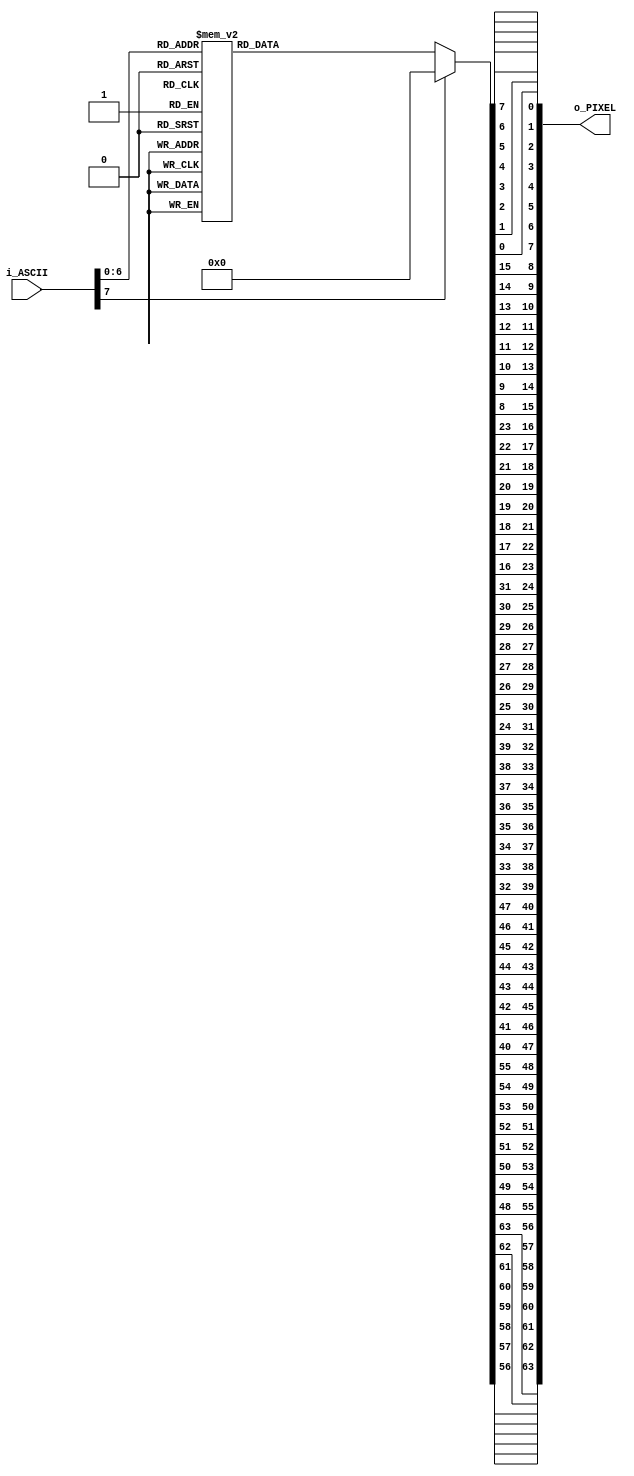

module ascii_font_8x8 (input [7:0] i_ASCII,       //ASCII input
                       output [63:0] o_PIXEL //8x8 pixel output. MSB is top left bit, goes per row
                       );

reg [63:0] s_PIXEL;

always @*
begin
case(i_ASCII)
    8'h00: s_PIXEL   = {8'h00, 8'h00, 8'h00, 8'h00, 8'h00, 8'h00, 8'h00, 8'h00};   // U+0000 (nul)
    8'h01: s_PIXEL   = {8'h00, 8'h00, 8'h00, 8'h00, 8'h00, 8'h00, 8'h00, 8'h00};   // U+0001
    8'h02: s_PIXEL   = {8'h00, 8'h00, 8'h00, 8'h00, 8'h00, 8'h00, 8'h00, 8'h00};   // U+0002
    8'h03: s_PIXEL   = {8'h00, 8'h00, 8'h00, 8'h00, 8'h00, 8'h00, 8'h00, 8'h00};   // U+0003
    8'h04: s_PIXEL   = {8'h00, 8'h00, 8'h00, 8'h00, 8'h00, 8'h00, 8'h00, 8'h00};   // U+0004
    8'h05: s_PIXEL   = {8'h00, 8'h00, 8'h00, 8'h00, 8'h00, 8'h00, 8'h00, 8'h00};   // U+0005
    8'h06: s_PIXEL   = {8'h00, 8'h00, 8'h00, 8'h00, 8'h00, 8'h00, 8'h00, 8'h00};   // U+0006
    8'h07: s_PIXEL   = {8'h00, 8'h00, 8'h00, 8'h00, 8'h00, 8'h00, 8'h00, 8'h00};   // U+0007
    8'h08: s_PIXEL   = {8'h00, 8'h00, 8'h00, 8'h00, 8'h00, 8'h00, 8'h00, 8'h00};   // U+0008
    8'h09: s_PIXEL   = {8'h00, 8'h00, 8'h00, 8'h00, 8'h00, 8'h00, 8'h00, 8'h00};   // U+0009
    8'h0A: s_PIXEL   = {8'h00, 8'h00, 8'h00, 8'h00, 8'h00, 8'h00, 8'h00, 8'h00};   // U+000A
    8'h0B: s_PIXEL   = {8'h00, 8'h00, 8'h00, 8'h00, 8'h00, 8'h00, 8'h00, 8'h00};   // U+000B
    8'h0C: s_PIXEL   = {8'h00, 8'h00, 8'h00, 8'h00, 8'h00, 8'h00, 8'h00, 8'h00};   // U+000C
    8'h0D: s_PIXEL   = {8'h00, 8'h00, 8'h00, 8'h00, 8'h00, 8'h00, 8'h00, 8'h00};   // U+000D
    8'h0E: s_PIXEL   = {8'h00, 8'h00, 8'h00, 8'h00, 8'h00, 8'h00, 8'h00, 8'h00};   // U+000E
    8'h0F: s_PIXEL   = {8'h00, 8'h00, 8'h00, 8'h00, 8'h00, 8'h00, 8'h00, 8'h00};   // U+000F
    8'h10: s_PIXEL   = {8'h00, 8'h00, 8'h00, 8'h00, 8'h00, 8'h00, 8'h00, 8'h00};   // U+0010
    8'h11: s_PIXEL   = {8'h00, 8'h00, 8'h00, 8'h00, 8'h00, 8'h00, 8'h00, 8'h00};   // U+0011
    8'h12: s_PIXEL   = {8'h00, 8'h00, 8'h00, 8'h00, 8'h00, 8'h00, 8'h00, 8'h00};   // U+0012
    8'h13: s_PIXEL   = {8'h00, 8'h00, 8'h00, 8'h00, 8'h00, 8'h00, 8'h00, 8'h00};   // U+0013
    8'h14: s_PIXEL   = {8'h00, 8'h00, 8'h00, 8'h00, 8'h00, 8'h00, 8'h00, 8'h00};   // U+0014
    8'h15: s_PIXEL   = {8'h00, 8'h00, 8'h00, 8'h00, 8'h00, 8'h00, 8'h00, 8'h00};   // U+0015
    8'h16: s_PIXEL   = {8'h00, 8'h00, 8'h00, 8'h00, 8'h00, 8'h00, 8'h00, 8'h00};   // U+0016
    8'h17: s_PIXEL   = {8'h00, 8'h00, 8'h00, 8'h00, 8'h00, 8'h00, 8'h00, 8'h00};   // U+0017
    8'h18: s_PIXEL   = {8'h00, 8'h00, 8'h00, 8'h00, 8'h00, 8'h00, 8'h00, 8'h00};   // U+0018
    8'h19: s_PIXEL   = {8'h00, 8'h00, 8'h00, 8'h00, 8'h00, 8'h00, 8'h00, 8'h00};   // U+0019
    8'h1A: s_PIXEL   = {8'h00, 8'h00, 8'h00, 8'h00, 8'h00, 8'h00, 8'h00, 8'h00};   // U+001A
    8'h1B: s_PIXEL   = {8'h00, 8'h00, 8'h00, 8'h00, 8'h00, 8'h00, 8'h00, 8'h00};   // U+001B
    8'h1C: s_PIXEL   = {8'h00, 8'h00, 8'h00, 8'h00, 8'h00, 8'h00, 8'h00, 8'h00};   // U+001C
    8'h1D: s_PIXEL   = {8'h00, 8'h00, 8'h00, 8'h00, 8'h00, 8'h00, 8'h00, 8'h00};   // U+001D
    8'h1E: s_PIXEL   = {8'h00, 8'h00, 8'h00, 8'h00, 8'h00, 8'h00, 8'h00, 8'h00};   // U+001E
    8'h1F: s_PIXEL   = {8'h00, 8'h00, 8'h00, 8'h00, 8'h00, 8'h00, 8'h00, 8'h00};   // U+001F
    8'h20: s_PIXEL   = {8'h00, 8'h00, 8'h00, 8'h00, 8'h00, 8'h00, 8'h00, 8'h00};   // U+0020 (space)
    8'h21: s_PIXEL   = {8'h18, 8'h3C, 8'h3C, 8'h18, 8'h18, 8'h00, 8'h18, 8'h00};   // U+0021 (!)
    8'h22: s_PIXEL   = {8'h36, 8'h36, 8'h00, 8'h00, 8'h00, 8'h00, 8'h00, 8'h00};   // U+0022 (")
    8'h23: s_PIXEL   = {8'h36, 8'h36, 8'h7F, 8'h36, 8'h7F, 8'h36, 8'h36, 8'h00};   // U+0023 (#)
    8'h24: s_PIXEL   = {8'h0C, 8'h3E, 8'h03, 8'h1E, 8'h30, 8'h1F, 8'h0C, 8'h00};   // U+0024 ($)
    8'h25: s_PIXEL   = {8'h00, 8'h63, 8'h33, 8'h18, 8'h0C, 8'h66, 8'h63, 8'h00};   // U+0025 (%)
    8'h26: s_PIXEL   = {8'h1C, 8'h36, 8'h1C, 8'h6E, 8'h3B, 8'h33, 8'h6E, 8'h00};   // U+0026 (&)
    8'h27: s_PIXEL   = {8'h06, 8'h06, 8'h03, 8'h00, 8'h00, 8'h00, 8'h00, 8'h00};   // U+0027 (')
    8'h28: s_PIXEL   = {8'h18, 8'h0C, 8'h06, 8'h06, 8'h06, 8'h0C, 8'h18, 8'h00};   // U+0028 (()
    8'h29: s_PIXEL   = {8'h06, 8'h0C, 8'h18, 8'h18, 8'h18, 8'h0C, 8'h06, 8'h00};   // U+0029 ())
    8'h2A: s_PIXEL   = {8'h00, 8'h66, 8'h3C, 8'hFF, 8'h3C, 8'h66, 8'h00, 8'h00};   // U+002A (*)
    8'h2B: s_PIXEL   = {8'h00, 8'h0C, 8'h0C, 8'h3F, 8'h0C, 8'h0C, 8'h00, 8'h00};   // U+002B (+)
    8'h2C: s_PIXEL   = {8'h00, 8'h00, 8'h00, 8'h00, 8'h00, 8'h0C, 8'h0C, 8'h06};   // U+002C (,)
    8'h2D: s_PIXEL   = {8'h00, 8'h00, 8'h00, 8'h3F, 8'h00, 8'h00, 8'h00, 8'h00};   // U+002D (-)
    8'h2E: s_PIXEL   = {8'h00, 8'h00, 8'h00, 8'h00, 8'h00, 8'h0C, 8'h0C, 8'h00};   // U+002E (.)
    8'h2F: s_PIXEL   = {8'h60, 8'h30, 8'h18, 8'h0C, 8'h06, 8'h03, 8'h01, 8'h00};   // U+002F (/)
    8'h30: s_PIXEL   = {8'h3E, 8'h63, 8'h73, 8'h7B, 8'h6F, 8'h67, 8'h3E, 8'h00};   // U+0030 (0)
    8'h31: s_PIXEL   = {8'h0C, 8'h0E, 8'h0C, 8'h0C, 8'h0C, 8'h0C, 8'h3F, 8'h00};   // U+0031 (1)
    8'h32: s_PIXEL   = {8'h1E, 8'h33, 8'h30, 8'h1C, 8'h06, 8'h33, 8'h3F, 8'h00};   // U+0032 (2)
    8'h33: s_PIXEL   = {8'h1E, 8'h33, 8'h30, 8'h1C, 8'h30, 8'h33, 8'h1E, 8'h00};   // U+0033 (3)
    8'h34: s_PIXEL   = {8'h38, 8'h3C, 8'h36, 8'h33, 8'h7F, 8'h30, 8'h78, 8'h00};   // U+0034 (4)
    8'h35: s_PIXEL   = {8'h3F, 8'h03, 8'h1F, 8'h30, 8'h30, 8'h33, 8'h1E, 8'h00};   // U+0035 (5)
    8'h36: s_PIXEL   = {8'h1C, 8'h06, 8'h03, 8'h1F, 8'h33, 8'h33, 8'h1E, 8'h00};   // U+0036 (6)
    8'h37: s_PIXEL   = {8'h3F, 8'h33, 8'h30, 8'h18, 8'h0C, 8'h0C, 8'h0C, 8'h00};   // U+0037 (7)
    8'h38: s_PIXEL   = {8'h1E, 8'h33, 8'h33, 8'h1E, 8'h33, 8'h33, 8'h1E, 8'h00};   // U+0038 (8)
    8'h39: s_PIXEL   = {8'h1E, 8'h33, 8'h33, 8'h3E, 8'h30, 8'h18, 8'h0E, 8'h00};   // U+0039 (9)
    8'h3A: s_PIXEL   = {8'h00, 8'h0C, 8'h0C, 8'h00, 8'h00, 8'h0C, 8'h0C, 8'h00};   // U+003A (:)
    8'h3B: s_PIXEL   = {8'h00, 8'h0C, 8'h0C, 8'h00, 8'h00, 8'h0C, 8'h0C, 8'h06};   // U+003B (;)
    8'h3C: s_PIXEL   = {8'h18, 8'h0C, 8'h06, 8'h03, 8'h06, 8'h0C, 8'h18, 8'h00};   // U+003C (<)
    8'h3D: s_PIXEL   = {8'h00, 8'h00, 8'h3F, 8'h00, 8'h00, 8'h3F, 8'h00, 8'h00};   // U+003D (  =)
    8'h3E: s_PIXEL   = {8'h06, 8'h0C, 8'h18, 8'h30, 8'h18, 8'h0C, 8'h06, 8'h00};   // U+003E (>)
    8'h3F: s_PIXEL   = {8'h1E, 8'h33, 8'h30, 8'h18, 8'h0C, 8'h00, 8'h0C, 8'h00};   // U+003F (?)
    8'h40: s_PIXEL   = {8'h3E, 8'h63, 8'h7B, 8'h7B, 8'h7B, 8'h03, 8'h1E, 8'h00};   // U+0040 (@)
    8'h41: s_PIXEL   = {8'h0C, 8'h1E, 8'h33, 8'h33, 8'h3F, 8'h33, 8'h33, 8'h00};   // U+0041 (A)
    8'h42: s_PIXEL   = {8'h3F, 8'h66, 8'h66, 8'h3E, 8'h66, 8'h66, 8'h3F, 8'h00};   // U+0042 (B)
    8'h43: s_PIXEL   = {8'h3C, 8'h66, 8'h03, 8'h03, 8'h03, 8'h66, 8'h3C, 8'h00};   // U+0043 (C)
    8'h44: s_PIXEL   = {8'h1F, 8'h36, 8'h66, 8'h66, 8'h66, 8'h36, 8'h1F, 8'h00};   // U+0044 (D)
    8'h45: s_PIXEL   = {8'h7F, 8'h46, 8'h16, 8'h1E, 8'h16, 8'h46, 8'h7F, 8'h00};   // U+0045 (E)
    8'h46: s_PIXEL   = {8'h7F, 8'h46, 8'h16, 8'h1E, 8'h16, 8'h06, 8'h0F, 8'h00};   // U+0046 (F)
    8'h47: s_PIXEL   = {8'h3C, 8'h66, 8'h03, 8'h03, 8'h73, 8'h66, 8'h7C, 8'h00};   // U+0047 (G)
    8'h48: s_PIXEL   = {8'h33, 8'h33, 8'h33, 8'h3F, 8'h33, 8'h33, 8'h33, 8'h00};   // U+0048 (H)
    8'h49: s_PIXEL   = {8'h1E, 8'h0C, 8'h0C, 8'h0C, 8'h0C, 8'h0C, 8'h1E, 8'h00};   // U+0049 (I)
    8'h4A: s_PIXEL   = {8'h78, 8'h30, 8'h30, 8'h30, 8'h33, 8'h33, 8'h1E, 8'h00};   // U+004A (J)
    8'h4B: s_PIXEL   = {8'h67, 8'h66, 8'h36, 8'h1E, 8'h36, 8'h66, 8'h67, 8'h00};   // U+004B (K)
    8'h4C: s_PIXEL   = {8'h0F, 8'h06, 8'h06, 8'h06, 8'h46, 8'h66, 8'h7F, 8'h00};   // U+004C (L)
    8'h4D: s_PIXEL   = {8'h63, 8'h77, 8'h7F, 8'h7F, 8'h6B, 8'h63, 8'h63, 8'h00};   // U+004D (M)
    8'h4E: s_PIXEL   = {8'h63, 8'h67, 8'h6F, 8'h7B, 8'h73, 8'h63, 8'h63, 8'h00};   // U+004E (N)
    8'h4F: s_PIXEL   = {8'h1C, 8'h36, 8'h63, 8'h63, 8'h63, 8'h36, 8'h1C, 8'h00};   // U+004F (O)
    8'h50: s_PIXEL   = {8'h3F, 8'h66, 8'h66, 8'h3E, 8'h06, 8'h06, 8'h0F, 8'h00};   // U+0050 (P)
    8'h51: s_PIXEL   = {8'h1E, 8'h33, 8'h33, 8'h33, 8'h3B, 8'h1E, 8'h38, 8'h00};   // U+0051 (Q)
    8'h52: s_PIXEL   = {8'h3F, 8'h66, 8'h66, 8'h3E, 8'h36, 8'h66, 8'h67, 8'h00};   // U+0052 (R)
    8'h53: s_PIXEL   = {8'h1E, 8'h33, 8'h07, 8'h0E, 8'h38, 8'h33, 8'h1E, 8'h00};   // U+0053 (S)
    8'h54: s_PIXEL   = {8'h3F, 8'h2D, 8'h0C, 8'h0C, 8'h0C, 8'h0C, 8'h1E, 8'h00};   // U+0054 (T)
    8'h55: s_PIXEL   = {8'h33, 8'h33, 8'h33, 8'h33, 8'h33, 8'h33, 8'h3F, 8'h00};   // U+0055 (U)
    8'h56: s_PIXEL   = {8'h33, 8'h33, 8'h33, 8'h33, 8'h33, 8'h1E, 8'h0C, 8'h00};   // U+0056 (V)
    8'h57: s_PIXEL   = {8'h63, 8'h63, 8'h63, 8'h6B, 8'h7F, 8'h77, 8'h63, 8'h00};   // U+0057 (W)
    8'h58: s_PIXEL   = {8'h63, 8'h63, 8'h36, 8'h1C, 8'h1C, 8'h36, 8'h63, 8'h00};   // U+0058 (X)
    8'h59: s_PIXEL   = {8'h33, 8'h33, 8'h33, 8'h1E, 8'h0C, 8'h0C, 8'h1E, 8'h00};   // U+0059 (Y)
    8'h5A: s_PIXEL   = {8'h7F, 8'h63, 8'h31, 8'h18, 8'h4C, 8'h66, 8'h7F, 8'h00};   // U+005A (Z)
    8'h5B: s_PIXEL   = {8'h1E, 8'h06, 8'h06, 8'h06, 8'h06, 8'h06, 8'h1E, 8'h00};   // U+005B ([)
    8'h5C: s_PIXEL   = {8'h03, 8'h06, 8'h0C, 8'h18, 8'h30, 8'h60, 8'h40, 8'h00};   // U+005C (\)
    8'h5D: s_PIXEL   = {8'h1E, 8'h18, 8'h18, 8'h18, 8'h18, 8'h18, 8'h1E, 8'h00};   // U+005D (])
    8'h5E: s_PIXEL   = {8'h08, 8'h1C, 8'h36, 8'h63, 8'h00, 8'h00, 8'h00, 8'h00};   // U+005E (^)
    8'h5F: s_PIXEL   = {8'h00, 8'h00, 8'h00, 8'h00, 8'h00, 8'h00, 8'h00, 8'hFF};   // U+005F (_)
    8'h60: s_PIXEL   = {8'h0C, 8'h0C, 8'h18, 8'h00, 8'h00, 8'h00, 8'h00, 8'h00};   // U+0060 (`)
    8'h61: s_PIXEL   = {8'h00, 8'h00, 8'h1E, 8'h30, 8'h3E, 8'h33, 8'h6E, 8'h00};   // U+0061 (a)
    8'h62: s_PIXEL   = {8'h07, 8'h06, 8'h06, 8'h3E, 8'h66, 8'h66, 8'h3B, 8'h00};   // U+0062 (b)
    8'h63: s_PIXEL   = {8'h00, 8'h00, 8'h1E, 8'h33, 8'h03, 8'h33, 8'h1E, 8'h00};   // U+0063 (c)
    8'h64: s_PIXEL   = {8'h38, 8'h30, 8'h30, 8'h3e, 8'h33, 8'h33, 8'h6E, 8'h00};   // U+0064 (d)
    8'h65: s_PIXEL   = {8'h00, 8'h00, 8'h1E, 8'h33, 8'h3f, 8'h03, 8'h1E, 8'h00};   // U+0065 (e)
    8'h66: s_PIXEL   = {8'h1C, 8'h36, 8'h06, 8'h0f, 8'h06, 8'h06, 8'h0F, 8'h00};   // U+0066 (f)
    8'h67: s_PIXEL   = {8'h00, 8'h00, 8'h6E, 8'h33, 8'h33, 8'h3E, 8'h30, 8'h1F};   // U+0067 (g)
    8'h68: s_PIXEL   = {8'h07, 8'h06, 8'h36, 8'h6E, 8'h66, 8'h66, 8'h67, 8'h00};   // U+0068 (h)
    8'h69: s_PIXEL   = {8'h0C, 8'h00, 8'h0E, 8'h0C, 8'h0C, 8'h0C, 8'h1E, 8'h00};   // U+0069 (i)
    8'h6A: s_PIXEL   = {8'h30, 8'h00, 8'h30, 8'h30, 8'h30, 8'h33, 8'h33, 8'h1E};   // U+006A (j)
    8'h6B: s_PIXEL   = {8'h07, 8'h06, 8'h66, 8'h36, 8'h1E, 8'h36, 8'h67, 8'h00};   // U+006B (k)
    8'h6C: s_PIXEL   = {8'h0E, 8'h0C, 8'h0C, 8'h0C, 8'h0C, 8'h0C, 8'h1E, 8'h00};   // U+006C (l)
    8'h6D: s_PIXEL   = {8'h00, 8'h00, 8'h33, 8'h7F, 8'h7F, 8'h6B, 8'h63, 8'h00};   // U+006D (m)
    8'h6E: s_PIXEL   = {8'h00, 8'h00, 8'h1F, 8'h33, 8'h33, 8'h33, 8'h33, 8'h00};   // U+006E (n)
    8'h6F: s_PIXEL   = {8'h00, 8'h00, 8'h1E, 8'h33, 8'h33, 8'h33, 8'h1E, 8'h00};   // U+006F (o)
    8'h70: s_PIXEL   = {8'h00, 8'h00, 8'h3B, 8'h66, 8'h66, 8'h3E, 8'h06, 8'h0F};   // U+0070 (p)
    8'h71: s_PIXEL   = {8'h00, 8'h00, 8'h6E, 8'h33, 8'h33, 8'h3E, 8'h30, 8'h78};   // U+0071 (q)
    8'h72: s_PIXEL   = {8'h00, 8'h00, 8'h3B, 8'h6E, 8'h66, 8'h06, 8'h0F, 8'h00};   // U+0072 (r)
    8'h73: s_PIXEL   = {8'h00, 8'h00, 8'h3E, 8'h03, 8'h1E, 8'h30, 8'h1F, 8'h00};   // U+0073 (s)
    8'h74: s_PIXEL   = {8'h08, 8'h0C, 8'h3E, 8'h0C, 8'h0C, 8'h2C, 8'h18, 8'h00};   // U+0074 (t)
    8'h75: s_PIXEL   = {8'h00, 8'h00, 8'h33, 8'h33, 8'h33, 8'h33, 8'h6E, 8'h00};   // U+0075 (u)
    8'h76: s_PIXEL   = {8'h00, 8'h00, 8'h33, 8'h33, 8'h33, 8'h1E, 8'h0C, 8'h00};   // U+0076 (v)
    8'h77: s_PIXEL   = {8'h00, 8'h00, 8'h63, 8'h6B, 8'h7F, 8'h7F, 8'h36, 8'h00};   // U+0077 (w)
    8'h78: s_PIXEL   = {8'h00, 8'h00, 8'h63, 8'h36, 8'h1C, 8'h36, 8'h63, 8'h00};   // U+0078 (x)
    8'h79: s_PIXEL   = {8'h00, 8'h00, 8'h33, 8'h33, 8'h33, 8'h3E, 8'h30, 8'h1F};   // U+0079 (y)
    8'h7A: s_PIXEL   = {8'h00, 8'h00, 8'h3F, 8'h19, 8'h0C, 8'h26, 8'h3F, 8'h00};   // U+007A (z)
    8'h7B: s_PIXEL   = {8'h38, 8'h0C, 8'h0C, 8'h07, 8'h0C, 8'h0C, 8'h38, 8'h00};   // U+007B ({)
    8'h7C: s_PIXEL   = {8'h18, 8'h18, 8'h18, 8'h00, 8'h18, 8'h18, 8'h18, 8'h00};   // U+007C (|)
    8'h7D: s_PIXEL   = {8'h07, 8'h0C, 8'h0C, 8'h38, 8'h0C, 8'h0C, 8'h07, 8'h00};   // U+007D (})
    8'h7E: s_PIXEL   = {8'h6E, 8'h3B, 8'h00, 8'h00, 8'h00, 8'h00, 8'h00, 8'h00};   // U+007E (~)
    8'h7F: s_PIXEL   = {8'h00, 8'h00, 8'h00, 8'h00, 8'h00, 8'h00, 8'h00, 8'h00};    // U+007F
    default: s_PIXEL = {8'h00, 8'h00, 8'h00, 8'h00, 8'h00, 8'h00, 8'h00, 8'h00}; //Default blank
endcase
end

assign o_PIXEL[7:0] = {s_PIXEL[0], s_PIXEL[1], s_PIXEL[2], s_PIXEL[3], s_PIXEL[4], s_PIXEL[5], s_PIXEL[6], s_PIXEL[7]};
assign o_PIXEL[15:8] = {s_PIXEL[8], s_PIXEL[9], s_PIXEL[10], s_PIXEL[11], s_PIXEL[12], s_PIXEL[13], s_PIXEL[14], s_PIXEL[15]};
assign o_PIXEL[23:16] = {s_PIXEL[16], s_PIXEL[17], s_PIXEL[18], s_PIXEL[19], s_PIXEL[20], s_PIXEL[21], s_PIXEL[22], s_PIXEL[23]};
assign o_PIXEL[31:24] = {s_PIXEL[24], s_PIXEL[25], s_PIXEL[26], s_PIXEL[27], s_PIXEL[28], s_PIXEL[29], s_PIXEL[30], s_PIXEL[31]};
assign o_PIXEL[39:32] = {s_PIXEL[32], s_PIXEL[33], s_PIXEL[34], s_PIXEL[35], s_PIXEL[36], s_PIXEL[37], s_PIXEL[38], s_PIXEL[39]};
assign o_PIXEL[47:40] = {s_PIXEL[40], s_PIXEL[41], s_PIXEL[42], s_PIXEL[43], s_PIXEL[44], s_PIXEL[45], s_PIXEL[46], s_PIXEL[47]};
assign o_PIXEL[55:48] = {s_PIXEL[48], s_PIXEL[49], s_PIXEL[50], s_PIXEL[51], s_PIXEL[52], s_PIXEL[53], s_PIXEL[54], s_PIXEL[55]};
assign o_PIXEL[63:56] = {s_PIXEL[56], s_PIXEL[57], s_PIXEL[58], s_PIXEL[59], s_PIXEL[60], s_PIXEL[61], s_PIXEL[62], s_PIXEL[63]};

endmodule